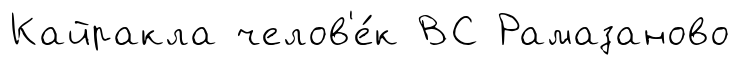
Кайракла челов'е́к ВС Рамазаново